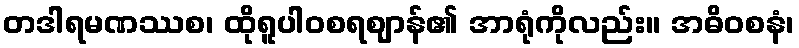
တဒါရမဏဿစ၊ ထိုရူပါဝစရဈာန်၏ အာရုံကိုလည်း။ အဓိဝစနံ၊